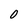
Character: O